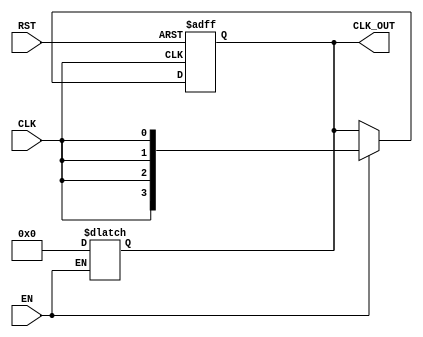
module ClockTreeBuffer #(
    parameter NUM_OUTPUTS = 4,      // Number of buffered clock outputs
    parameter DRIVE_STRENGTH = 2     // Drive strength control (1, 2, 3, etc.)
)(
    input wire CLK,                   // Primary Clock Signal
    input wire EN,                    // Enable Signal
    input wire RST,                   // Reset Signal
    output reg [NUM_OUTPUTS-1:0] CLK_OUT // Buffered Clock Outputs
);

    // Internal signals
    reg [NUM_OUTPUTS-1:0] clk_buf;    // Buffering stage output
    reg clk_enable;                    // Enable for clock distribution

    // Buffering stages
    always @(posedge CLK or posedge RST) begin
        if (RST) begin
            clk_buf <= 0;              // Reset buffered clock
        end else if (EN) begin
            // Buffering logic with variable drive strength
            clk_buf <= {NUM_OUTPUTS{CLK}}; // Simple buffering for demonstration
        end
    end

    // Output assignment with enable control
    always @(*) begin
        if (EN) begin
            CLK_OUT = clk_buf;          // Drive outputs with buffered clock
        end else begin
            CLK_OUT = 0;                // Disable outputs when EN is low
        end
    end

    // Drive strength control (simplified)
    generate
        genvar i;
        for (i = 0; i < NUM_OUTPUTS; i = i + 1) begin : buffer_stage
            // Example of variable drive strength (this is a placeholder)
            // In a real design, you would instantiate a specific buffer cell
            // from your technology library with the desired drive strength.
            assign CLK_OUT[i] = (DRIVE_STRENGTH == 1) ? clk_buf[i] : 
                                (DRIVE_STRENGTH == 2) ? clk_buf[i] : 
                                (DRIVE_STRENGTH == 3) ? clk_buf[i] : clk_buf[i];
        end
    endgenerate

endmodule